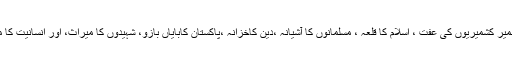
دراصل کشمیر کشمیریوں کی عفت ، اسلام کا قلعہ ، مسلمانوں کا آشیانہ ،دین کاخزانہ ،پاکستان کابایاں بازو، شہیدوں کا میراث، اور انسانیت کا مدرسہ ہے۔